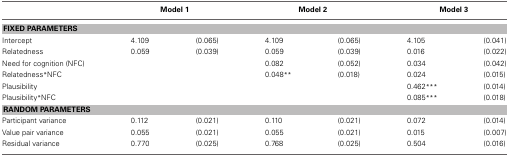
<table><thead><tr><td></td><td colspan="2"><b>Model 1</b></td><td colspan="2"><b>Model 2</b></td><td colspan="2"><b>Model 3</b></td></tr></thead><tbody><tr><td colspan="7"><b>FIXED PARAMETERS</b></td></tr><tr><td>Intercept</td><td>4.109</td><td>(0.065)</td><td>4.109</td><td>(0.065)</td><td>4.105</td><td>(0.041)</td></tr><tr><td>Relatedness</td><td>0.059</td><td>(0.039)</td><td>0.059</td><td>(0.039)</td><td>0.016</td><td>(0.022)</td></tr><tr><td>Need for cognition (NFC)</td><td></td><td></td><td>0.082</td><td>(0.052)</td><td>0.034</td><td>(0.042)</td></tr><tr><td>Relatedness*NFC</td><td></td><td></td><td>0.048<sup>**</sup></td><td>(0.018)</td><td>0.024</td><td>(0.015)</td></tr><tr><td>Plausibility</td><td></td><td></td><td></td><td></td><td>0.462<sup>***</sup></td><td>(0.014)</td></tr><tr><td>Plausibility*NFC</td><td></td><td></td><td></td><td></td><td>0.085<sup>***</sup></td><td>(0.018)</td></tr><tr><td colspan="7"><b>RANDOM PARAMETERS</b></td></tr><tr><td>Participant variance</td><td>0.112</td><td>(0.021)</td><td>0.110</td><td>(0.021)</td><td>0.072</td><td>(0.014)</td></tr><tr><td>Value pair variance</td><td>0.055</td><td>(0.021)</td><td>0.055</td><td>(0.021)</td><td>0.015</td><td>(0.007)</td></tr><tr><td>Residual variance</td><td>0.770</td><td>(0.025)</td><td>0.768</td><td>(0.025)</td><td>0.504</td><td>(0.016)</td></tr></tbody></table>